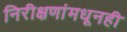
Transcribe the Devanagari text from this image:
निरीक्षणांमधूनही